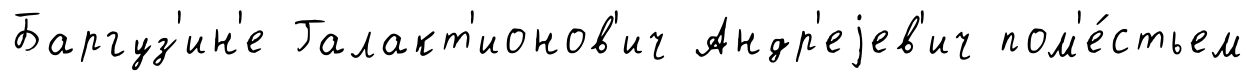
Баргуз'ин'е Галакт'ионов'ич Андр'еjев'ич пом'е́стьем